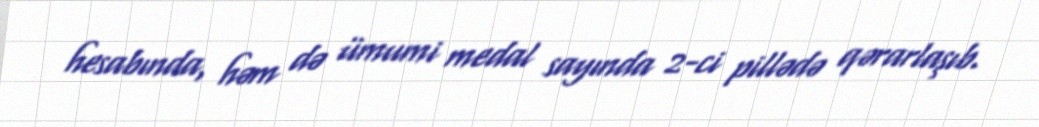
hesabında, həm də ümumi medal sayında 2-ci pillədə qərarlaşıb.